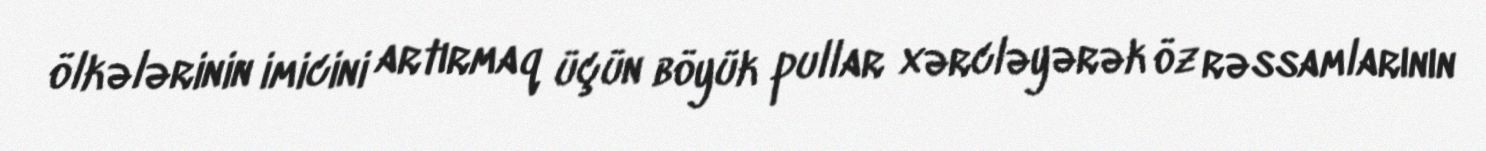
ölkələrinin imicini artırmaq üçün böyük pullar xərcləyərək öz rəssamlarının